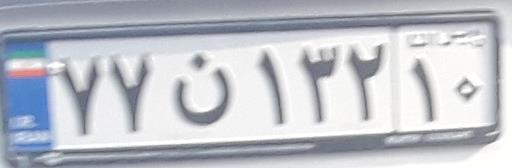
۷۷ن۱۳۲۱۰